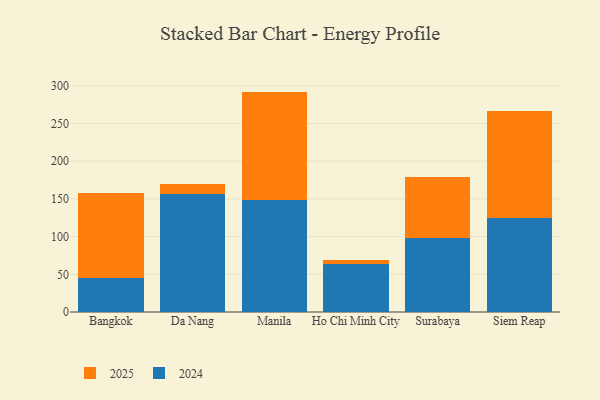
{"axis": {"x": "City", "y": "Temperature (°C)"}, "legend": ["2024", "2025"], "data": [{"x": "Bangkok", "y": 45.7, "type": "2024"}, {"x": "Bangkok", "y": 111.7, "type": "2025"}, {"x": "Da Nang", "y": 156.1, "type": "2024"}, {"x": "Da Nang", "y": 14.2, "type": "2025"}, {"x": "Manila", "y": 148.5, "type": "2024"}, {"x": "Manila", "y": 143.8, "type": "2025"}, {"x": "Ho Chi Minh City", "y": 63.9, "type": "2024"}, {"x": "Ho Chi Minh City", "y": 5.5, "type": "2025"}, {"x": "Surabaya", "y": 98.7, "type": "2024"}, {"x": "Surabaya", "y": 79.9, "type": "2025"}, {"x": "Siem Reap", "y": 124.1, "type": "2024"}, {"x": "Siem Reap", "y": 142.8, "type": "2025"}]}